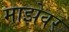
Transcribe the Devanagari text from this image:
माझेवर